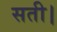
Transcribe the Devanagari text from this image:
सती।